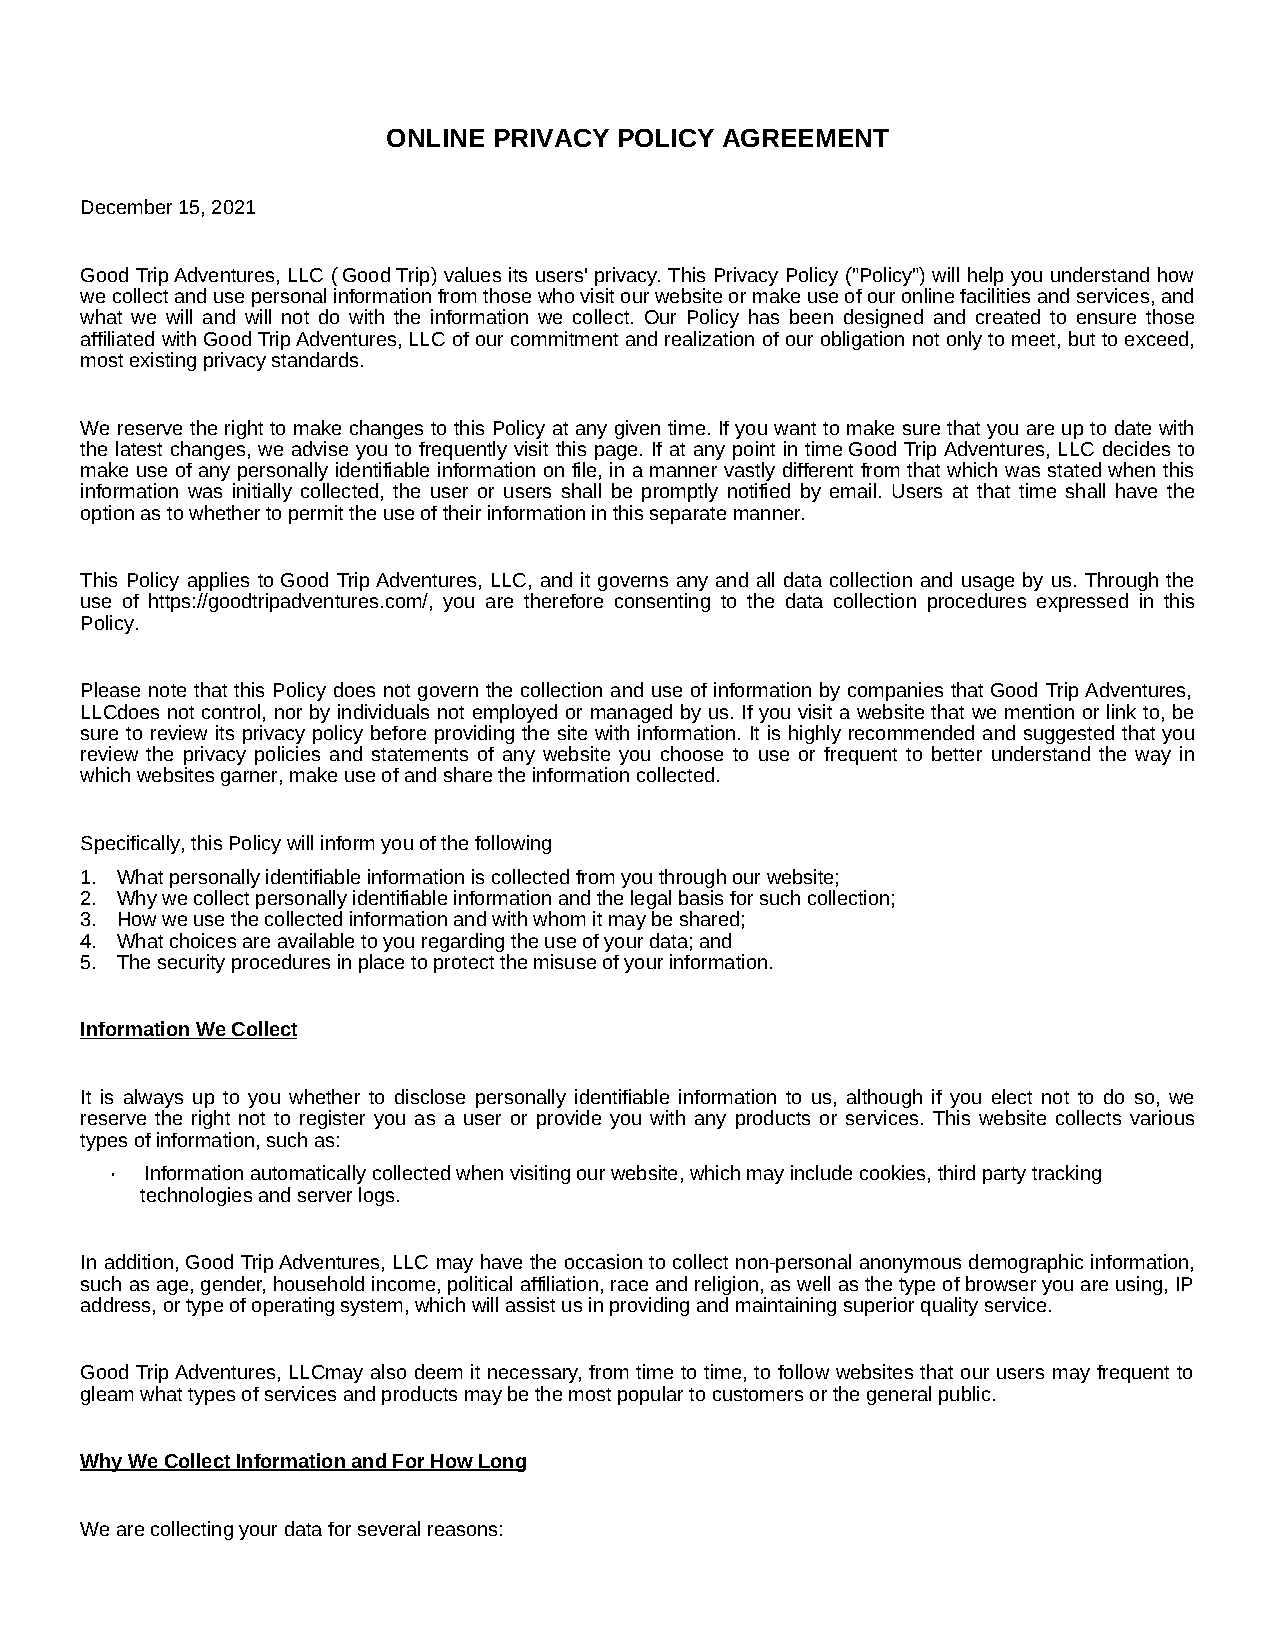
ONLINE PRIVACY POLICY AGREEMENT
 December 15, 2021
 Good Trip Adventures, LLC ( Good Trip) values its users' privacy. This Privacy Policy ("Policy") will help you understand how
 we collect and use personal information from those who visit our website or make use of our online facilities and services, and
 what we will and will not do with the information we collect. Our Policy has been designed and created to ensure those
 affiliated with Good Trip Adventures, LLC of our commitment and realization of our obligation not only to meet, but to exceed,
 most existing privacy standards.
 We reserve the right to make changes to this Policy at any given time. If you want to make sure that you are up to date with
 the latest changes, we advise you to frequently visit this page. If at any point in time Good Trip Adventures, LLC decides to
 make use of any personally identifiable information on file, in a manner vastly different from that which was stated when this
 information was initially collected, the user or users shall be promptly notified by email. Users at that time shall have the
 option as to whether to permit the use of their information in this separate manner.
 This Policy applies to Good Trip Adventures, LLC, and it governs any and all data collection and usage by us. Through the
 use of https://goodtripadventures.com/, you are therefore consenting to the data collection procedures expressed in this
 Policy.
 Please note that this Policy does not govern the collection and use of information by companies that Good Trip Adventures,
 LLCdoes not control, nor by individuals not employed or managed by us. If you visit a website that we mention or link to, be
 sure to review its privacy policy before providing the site with information. It is highly recommended and suggested that you
 review the privacy policies and statements of any website you choose to use or frequent to better understand the way in
 which websites garner, make use of and share the information collected.
 Specifically, this Policy will inform you of the following
 1. What personally identifiable information is collected from you through our website;
 2. Why we collect personally identifiable information and the legal basis for such collection;
 3. How we use the collected information and with whom it may be shared;
 4. What choices are available to you regarding the use of your data; and
 5. The security procedures in place to protect the misuse of your information.
 Information We Collect
 It is always up to you whether to disclose personally identifiable information to us, although if you elect not to do so, we
 reserve the right not to register you as a user or provide you with any products or services. This website collects various
 types of information, such as:
 ·  Information automatically collected when visiting our website, which may include cookies, third party tracking
 technologies and server logs.
 In addition, Good Trip Adventures, LLC may have the occasion to collect non-personal anonymous demographic information,
 such as age, gender, household income, political affiliation, race and religion, as well as the type of browser you are using, IP
 address, or type of operating system, which will assist us in providing and maintaining superior quality service.
 Good Trip Adventures, LLCmay also deem it necessary, from time to time, to follow websites that our users may frequent to
 gleam what types of services and products may be the most popular to customers or the general public.
 Why We Collect Information and For How Long
 We are collecting your data for several reasons: